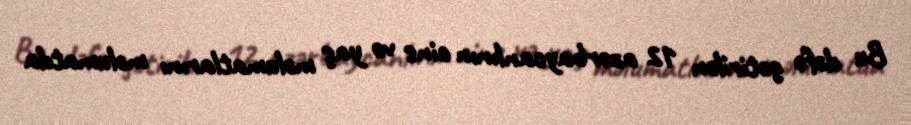
Bu dəfə gətirilən 12 azərbaycanlının cins və yaş məlumatlarını məlumatda